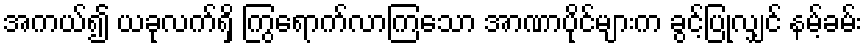
အကယ်၍ ယခုလက်ရှိ ကြွရောက်လာကြသော အာဏာပိုင်များက ခွင့်ပြုလျှင် နမ့်ခမ်း